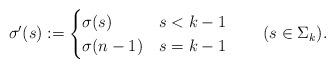
LaTeX: \begin{align*}\sigma'(s):=\begin{cases}\sigma(s) & s<k-1\\\sigma(n-1) & s=k-1\end{cases}\qquad(s\in\Sigma_{k}).\end{align*}